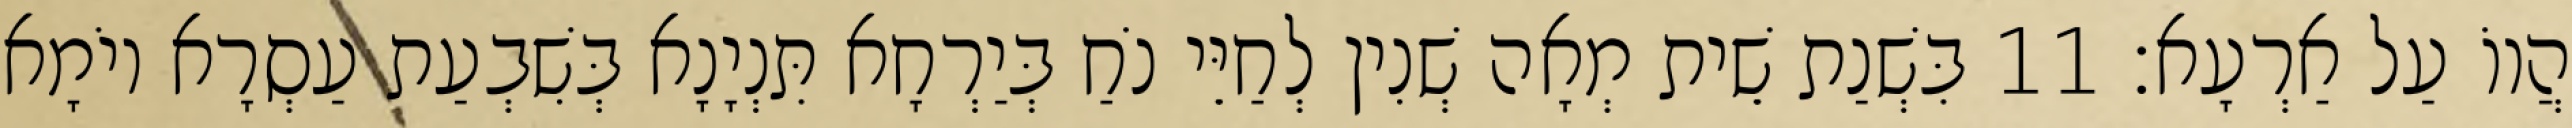
הֲווֹ עַל אַרְעָא׃ 11 בִּשְׁנַת שֵׁית מְאָה שְׁנִין לְחַיֵּי נֹחַ בְּיַרְחָא תִּנְיָנָא בְּשִׁבְעַת עַסְרָא יוֹמָא